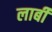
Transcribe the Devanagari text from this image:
लार्बी